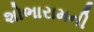
શોભારામની